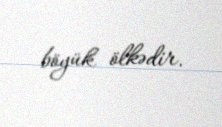
böyük ölkədir.